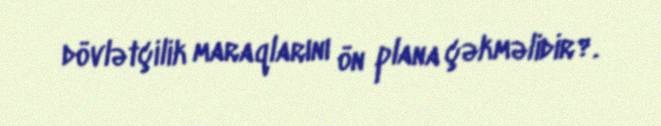
dövlətçilik maraqlarını ön plana çəkməlidir?.